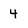
Character: 4